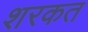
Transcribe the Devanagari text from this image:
शरकत